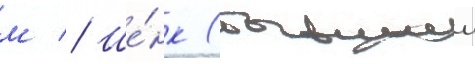
м // Ше́нк (бывшии